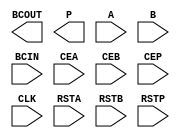
// $Header: /devl/xcs/repo/env/Databases/CAEInterfaces/verplex_libs/data/simprims/Attic/X_MULT18X18SIO.v,v 1.1.2.1 2004/09/28 20:47:46 wloo Exp $

`timescale  1 ps / 1 ps

module X_MULT18X18SIO (BCOUT, P, A, B, BCIN, CEA, CEB, CEP, CLK, RSTA, RSTB, RSTP); 

    output [17:0] BCOUT; 
    output [35:0] P; 
    input [17:0] A;
    input [17:0] B;
    input [17:0] BCIN;
    input CEA;
    input CEB;
    input CEP;
    input CLK;
    input RSTA;
    input RSTB;
    input RSTP;
    parameter AREG = 1;
    parameter BREG = 1;
    parameter B_INPUT = "DIRECT";
    parameter PREG = 1;

endmodule // X_MULT18X18SIO